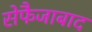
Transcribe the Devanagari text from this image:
सेफैजाबाद